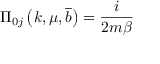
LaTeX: \Pi _ { 0 j } \left( k , \mu , \overline { { { b } } } \right) = \frac { i } { 2 m \beta }